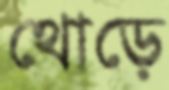
থোড়ে